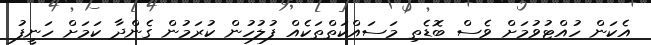
އެކަން ހުއްޓުވުމަށް ވެސް ބޮޑެތި މަސައްކަތްތަކެއް ފުލުހުން ކުރަމުން ގެންދާ ކަމަށް ހަނީފު